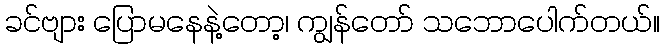
ခင်ဗျား ပြောမနေနဲ့တော့၊ ကျွန်တော် သဘောပေါက်တယ်။